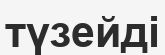
түзейді